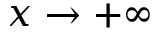
x \to + \infty